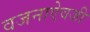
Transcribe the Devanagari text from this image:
वजनाऐवजी